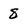
Character: 8